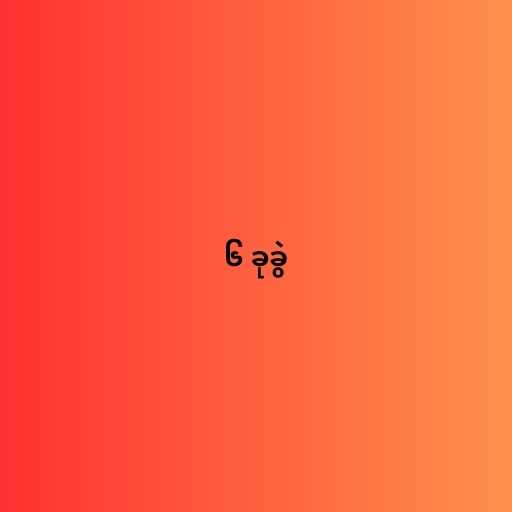
၆ ခုခွဲ